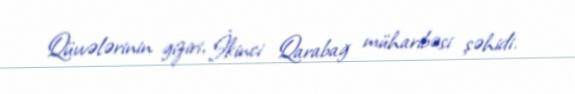
Qüvvələrinin giziri, İkinci Qarabağ müharibəsi şəhidi.